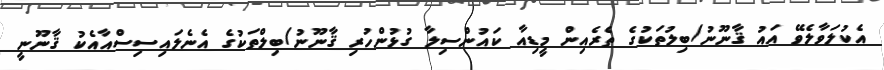
އެކުލަވާލެވޭ އައު ޤާނޫނު/ބިލުތަކުގެ ތެރެއިން މީޑިއާ ކައުންސިލާ ގުޅުންހުރި ޤާނޫނު/ބިލްތަކުގެ އެނެލައިސިސްއާއެކު ޤާނޫނީ